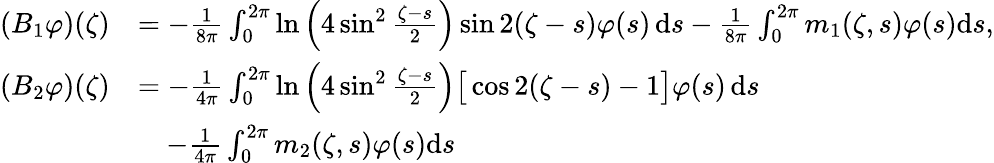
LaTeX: \begin{array}{rl}{(B_{1}\varphi)(\zeta)}&{=-\frac{1}{8\pi}\int_{0}^{2\pi}\ln\Big(4\sin^{2}\frac{\zeta-s}{2}\Big)\sin 2(\zeta-s)\varphi(s)\, \mathrm{d}s-\frac{1}{8\pi}\int_{0}^{2\pi}m_{1}(\zeta,s)\varphi(s)\mathrm{d}s,}\\ {(B_{2}\varphi)(\zeta)}&{=-\frac{1}{4\pi}\int_{0}^{2\pi}\ln\Big(4\sin^{2}\frac{\zeta-s}{2}\Big)\big[\cos 2(\zeta-s)-1\big]\varphi(s)\, \mathrm{d}s}\\ &{\quad-\frac{1}{4\pi}\int_{0}^{2\pi}m_{2}(\zeta,s)\varphi(s)\mathrm{d}s}\end{array}